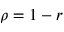
\rho = 1 - r